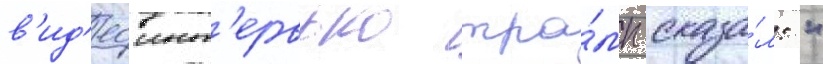
в'ид'еоинт'ервью тра́мп сказа́л: "